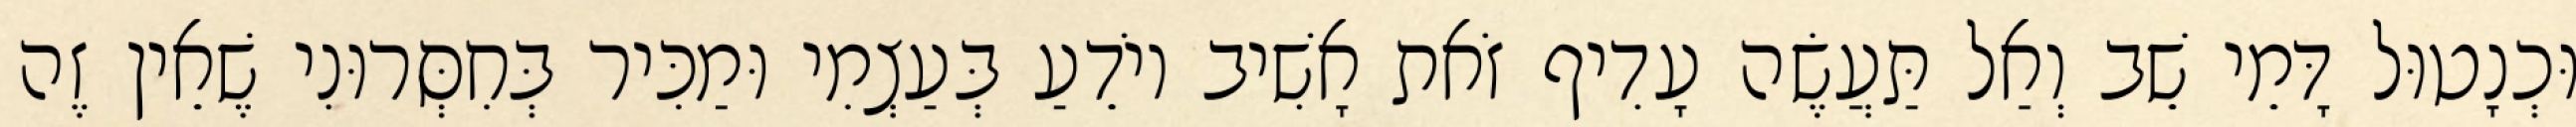
וּכְנָטוּל דָּמֵי שֵׁב וְאַל תַּעֲשֶׂה עָדִיף זֹאת אָשִׁיב יוֹדֵעַ בְּעַצְמִי וּמַכִּיר בְּחִסְּרוּנִי שֶׁאֵין זֶה